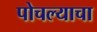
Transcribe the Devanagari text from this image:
पोचल्याचा